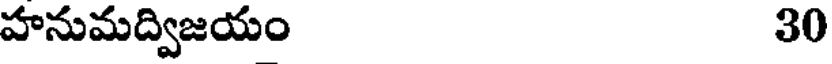
హనుమద్విజయం 30